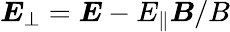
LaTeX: \boldsymbol{E}_{\perp}=\boldsymbol{E}-E_{\parallel}\boldsymbol{B}/B